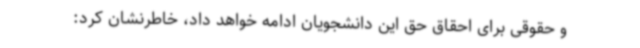
و حقوقی برای احقاق حق این دانشجویان ادامه خواهد داد، خاطرنشان کرد: